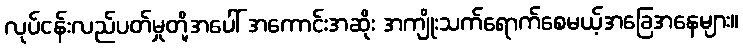
လုပ်ငန်းလည်ပတ်မှုတို့အပေါ် အကောင်းအဆိုး အကျိုးသက်ရောက်စေမယ့်အခြေအနေများ။